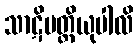
သာဋိမတ္တိယုပါလိ